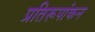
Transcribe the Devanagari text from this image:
प्रतिरूपांकन